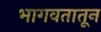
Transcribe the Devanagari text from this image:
भागवतातून